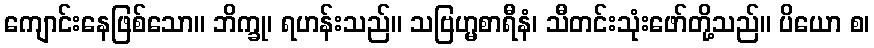
ကျောင်းနေဖြစ်သော။ ဘိက္ခု၊ ရဟန်းသည်။ သဗြဟ္မစာရီနံ၊ သီတင်းသုံးဖော်တို့သည်။ ပိယော စ၊